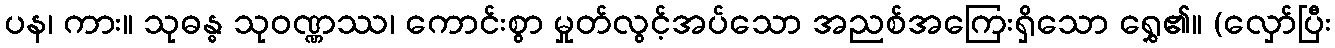
ပန၊ ကား။ သုဓန္ဓ သုဝဏ္ဏဿ၊ ကောင်းစွာ မှုတ်လွင့်အပ်သော အညစ်အကြေးရှိသော ရွှေ၏။ (လှော်ပြီး